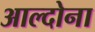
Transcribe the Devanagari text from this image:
आल्दोना